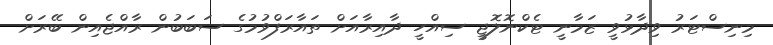
މިނިސްޓަރު ވިދާޅުވީ ޒަމާނީ ޓެކްނޮލޮޖީ ސިއްހީ ދާއިރާއަށް ތައާރަފްވުމުގެ ސަބަބުން ރާއްޖެއިން ބޭރަށް